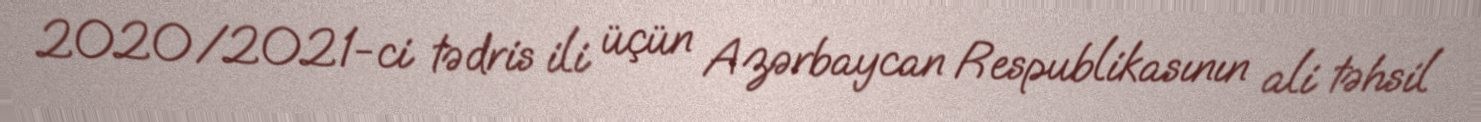
2020/2021-ci tədris ili üçün Azərbaycan Respublikasının ali təhsil